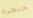
حنجرة